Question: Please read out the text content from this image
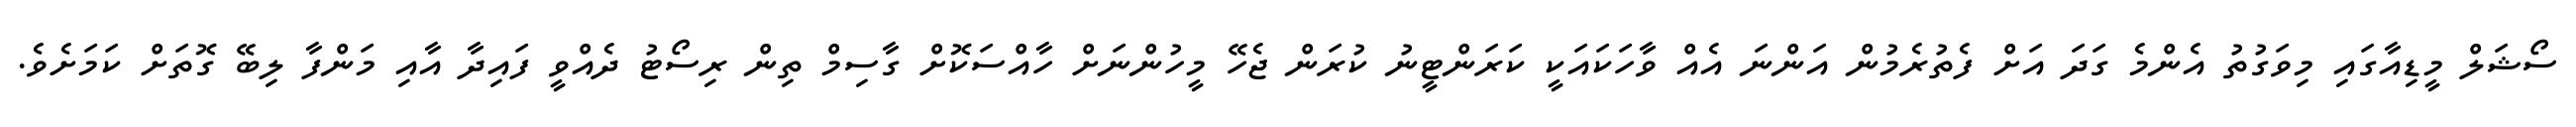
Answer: ސޯޝަލް މީޑިއާގައި މިވަގުތު އެންމެ ގަދަ އަށް ފެތުރެމުން އަންނަ އެއް ވާހަކައަކީ ކަރަންޓީނު ކުރަން ޖެހޭ މީހުންނަށް ހާއްސަކޮށް ގާސިމް ތިން ރިސޯޓު ދެއްވީ ފައިދާ އާއި މަންފާ ލިބޭ ގޮތަށް ކަމަށެވެ.